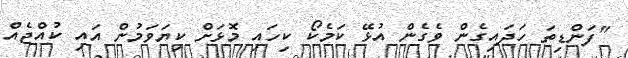
"ފަންޑިތަ ހަދައިގެން ވެގެން އުޅޭ ކަމެކޯ ކިހައި މޮޅަށް ކިޔަވަމުން އައި ކުއްޖެއް